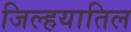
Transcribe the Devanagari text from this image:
जिल्हयातिल